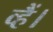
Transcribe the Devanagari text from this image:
व्हैं।